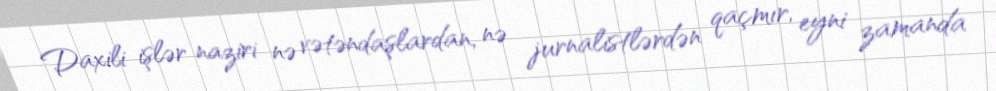
Daxili işlər naziri nə vətəndaşlardan, nə jurnalistlərdən qaçmır, eyni zamanda